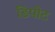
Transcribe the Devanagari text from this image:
डिपोट